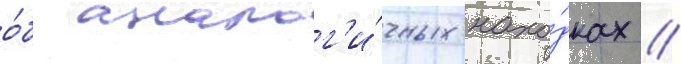
о́б аналог'и́чных нахо́дках //